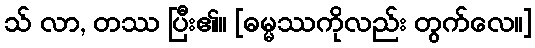
သ် လာ, တဿ ပြီး၏။ [ဓမ္မဿကိုလည်း တွက်လေ။]